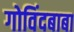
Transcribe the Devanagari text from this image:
गोविंदबाबा